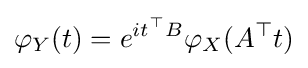
\varphi _{Y}(t)=e^{it^{\top }B}\varphi _{X}(A^{\top }t)